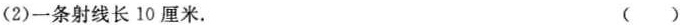
(2)一条射线长10厘米。 ()